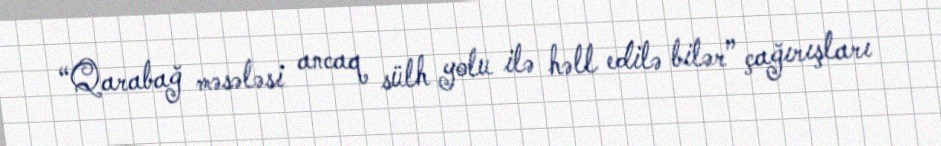
“Qarabağ məsələsi ancaq sülh yolu ilə həll edilə bilər” çağırışları